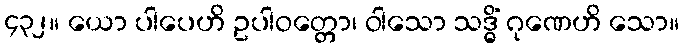
၄၃၂။ ယော ပါပေဟိ ဥပါဝတ္တော၊ ဝါသော သဒ္ဓိံ ဂုဏေဟိ သော။